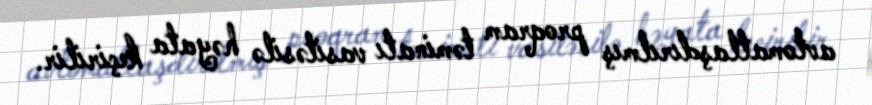
avtomatlaşdırılmış proqram təminatı vasitəsilə həyata keçirilir.